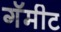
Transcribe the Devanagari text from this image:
गॅमीट